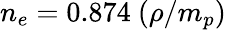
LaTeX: n_{e}=0.874\ (\rho/m_{p})